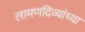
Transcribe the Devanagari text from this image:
लामणदिव्यांच्या